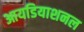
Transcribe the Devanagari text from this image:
आयडियाशनल